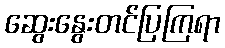
ဆွေးနွေးတင်ပြကြရာ